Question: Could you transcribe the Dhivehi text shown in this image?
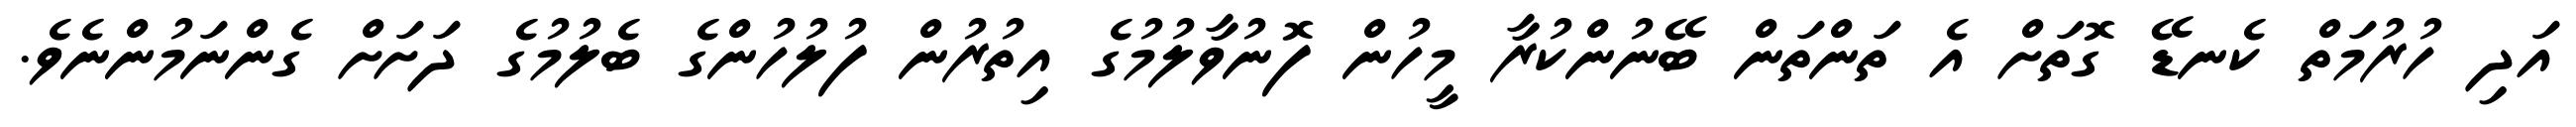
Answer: އަދި ހުރުމަތް ކެނޑޭ ގޮތަށް އެ ތަންތަން ބޭނުންކުރާ މީހުން ފޮނުވާލުމުގެ އިތުރުން ފުލުހުންގެ ބެލުމުގެ ދަށަށް ގެންނަމުންނެވެ.